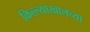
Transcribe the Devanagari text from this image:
किल्ल्याखालच्या